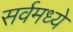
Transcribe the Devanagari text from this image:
सर्वमध्ये